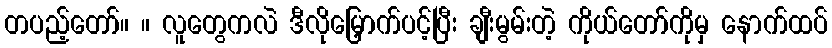
တပည့်တော်။ ။ လူတွေကလဲ ဒီလိုမြှောက်ပင့်ပြီး ချီးမွမ်းတဲ့ ကိုယ်တော်ကိုမှ နောက်ထပ်